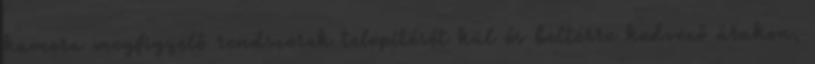
kamera megfigyelő rendszerek telepítését kül és beltérre kedvező árakon,